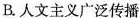
B.人文主义广泛传播